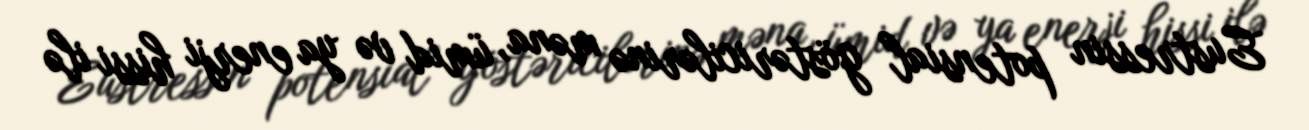
Eustressin potensial göstəricilərinə məna, ümid və ya enerji hissi ilə